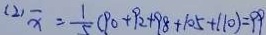
( 2 ) \overline { x } = \frac { 1 } { 5 } ( 9 0 + 9 2 + 9 8 + 1 0 5 + 1 1 0 ) = 9 9